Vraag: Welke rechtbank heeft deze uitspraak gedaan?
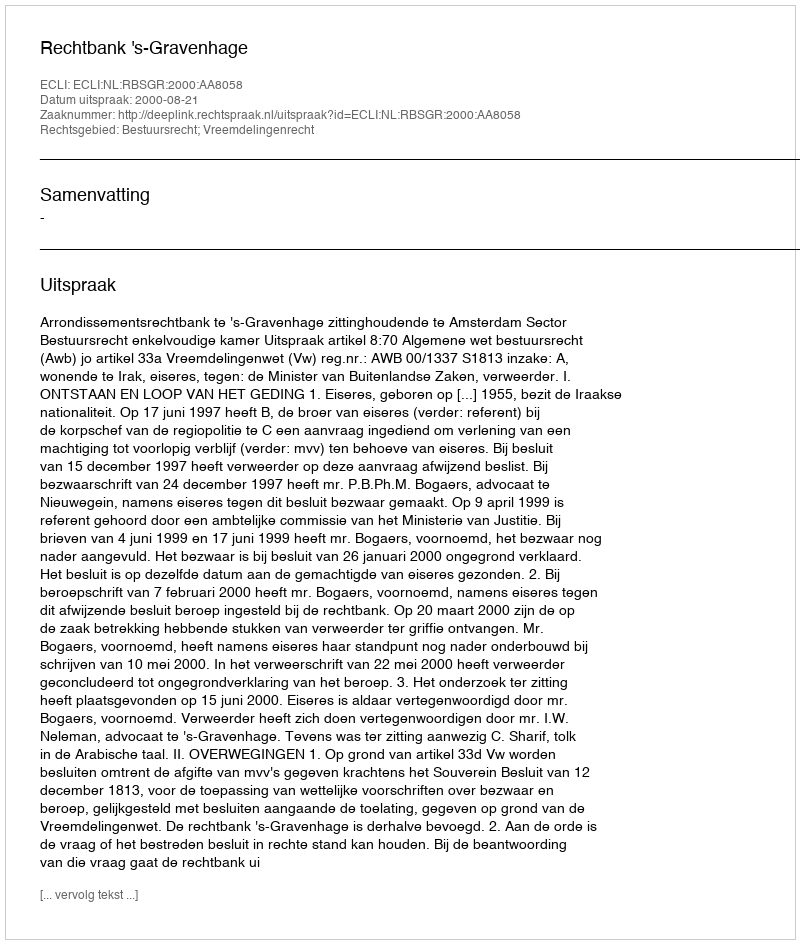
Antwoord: Rechtbank 's-Gravenhage